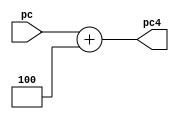
module pc_add(
    input [31:0] pc,
    output [31:0] pc4
    );
    assign pc4 =pc + 4;
endmodule